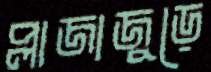
প্লাজাজুড়ে